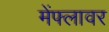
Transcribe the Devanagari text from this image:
मेंफ्लावर